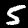
Digit: 5